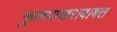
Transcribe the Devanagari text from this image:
फुलपाखराबाबत